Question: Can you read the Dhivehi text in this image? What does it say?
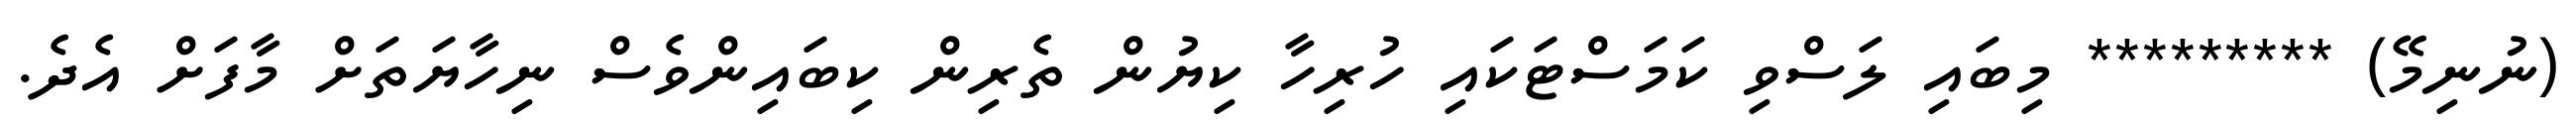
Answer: (ނުނިމޭ) ********* މިބައި ލަސްވި ކަމަސްޓަކައި ހުރިހާ ކިޔުން ތެރިން ކިބައިންވެސް ނިހާޔަތަށް މާފަށް އެދެ.